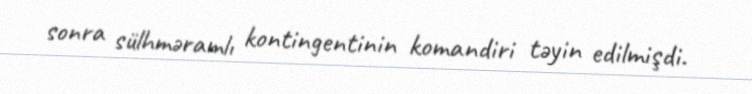
sonra sülhməramlı kontingentinin komandiri təyin edilmişdi.